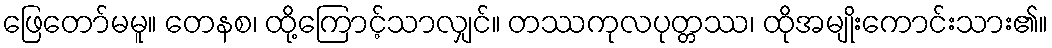
ဖြေတော်မမူ။ တေနစ၊ ထို့ကြောင့်သာလျှင်။ တဿကုလပုတ္တဿ၊ ထိုအမျိုးကောင်းသား၏။